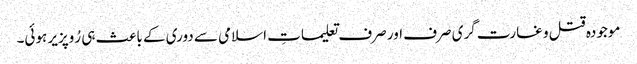
موجودہ قتل و غارت گری صرف اور صرف تعلیماتِ اسلامی سے دوری کے باعث ہی رُوپزیر ہوئی۔